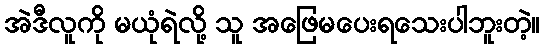
အဲဒီလူကို မယုံရဲလို့ သူ အဖြေမပေးရသေးပါဘူးတဲ့။